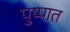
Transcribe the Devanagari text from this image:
पुष्पात